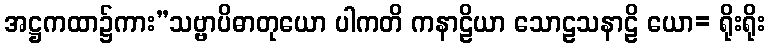
အဋ္ဌကထာ၌ကား”သဗ္ဗာပိဓာတုယော ပါကတိ ကနာဠိယာ သောဠသနာဠိ ယော= ရိုးရိုး